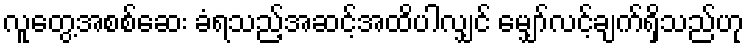
လူတွေ့အစစ်ဆေး ခံရသည့်အဆင့်အထိပါလျှင် မျှော်လင့်ချက်ရှိသည်ဟု